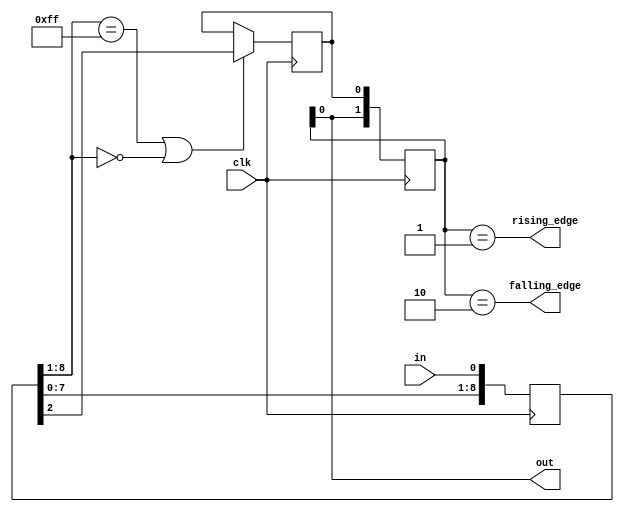
// This program was cloned from: https://github.com/apuder/TRS-IO
// License: GNU General Public License v3.0

//----Filter Module--------------------------------------------------------------

module filter (
  input clk,
  input in,
  output out,
  output falling_edge,
  output rising_edge);
  
localparam [3:0] FILTER_WIDTH = 8;

reg filtered;

reg [FILTER_WIDTH:0] raw; always @(posedge clk) begin
  raw <= {raw[FILTER_WIDTH - 1:0], in};
  filtered <= ((raw[FILTER_WIDTH:1] == {FILTER_WIDTH{1'b1}}) | (raw[FILTER_WIDTH:1] == {FILTER_WIDTH{1'b0}})) ? raw[2] : filtered;
end

reg [1:0] seq; always @(posedge clk) seq <= {seq[0], filtered};
assign falling_edge = seq == 2'b10;
assign rising_edge = seq == 2'b01;
assign out = seq[0];

endmodule